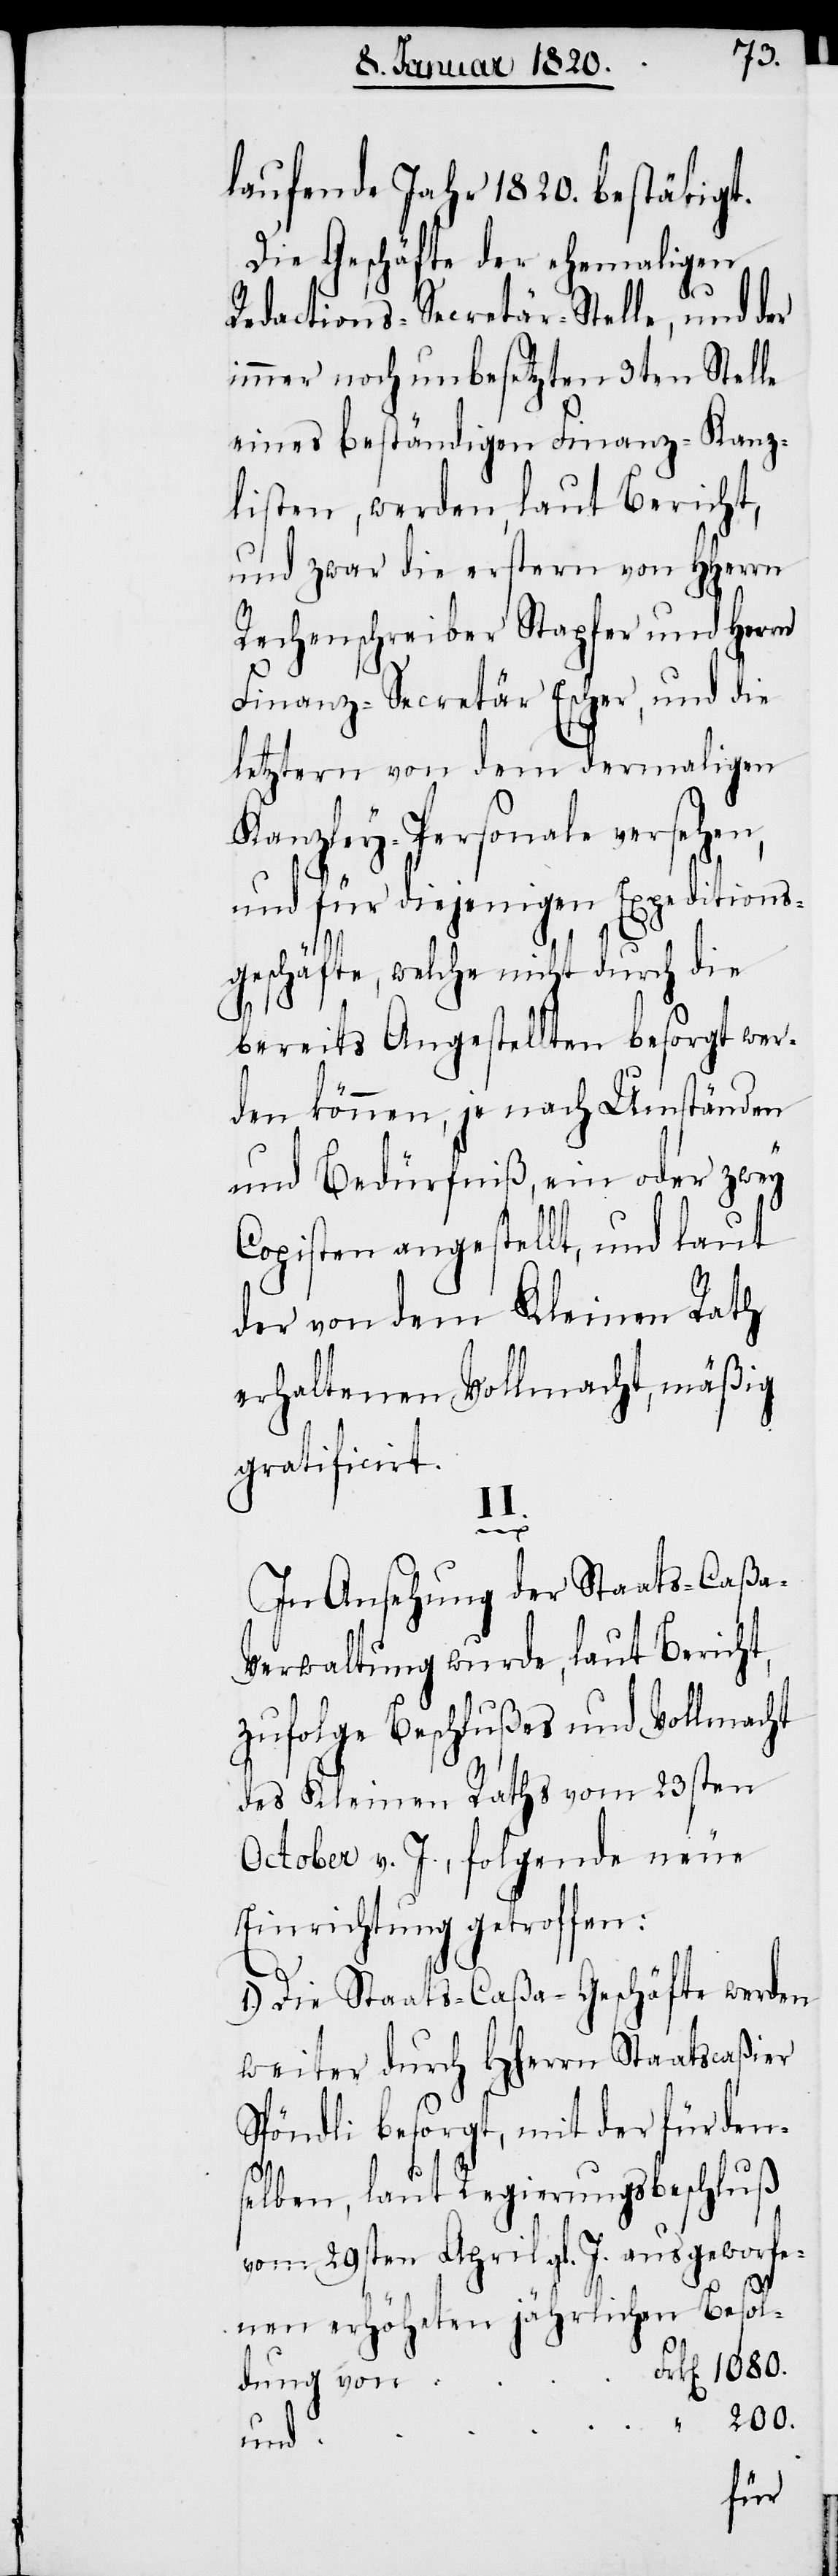
laufende Jahr 1820. bestätigt.
Die Geschäfte der ehemaligen
Redactions-Secretär-Stelle und der
immer noch unbesetzten 3ten Stelle
eines beständigen Finanz-Kanz¬
listen, werden, laut Bericht,
und zwar die erstern von HHerrn
Rechenschreiber Stapfer und Herrn
Finanz-Secretär Escher, und die
letztern von dem dermaligen
Kanzley-Personale versehen,
und für diejenigen Expeditions¬
geschäfte, welche nicht durch die
bereits Angestellten besorgt wer¬
den können, je nach Umständen
und Bedürfniß, ein oder zwey
Copisten angestellt, und laut
der von dem Kleinen Rath
erhaltenen Vollmacht, mäßig
gratificirt.
II.
In Ansehung der Staats-Caßa-V¬
erwaltung wurde, laut Bericht,
zufolge Beschlußes und Vollmacht
des Kleinen Raths vom 23sten
October v. J., folgende neue
Einrichtung getroffen:
1.) Die Staats-Caßa-Geschäfte werden
weiter durch HHerrn Staatscaßier
Spöndli besorgt, mit der für den¬
selben, laut Regierungsbeschluß
vom 29sten April gl. J. ausgeworfe¬
nen erhöheten jährlichen Besol¬
dung von
200.
und